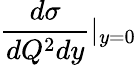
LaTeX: \frac{d\sigma}{dQ^{2}dy}|_{y=0}